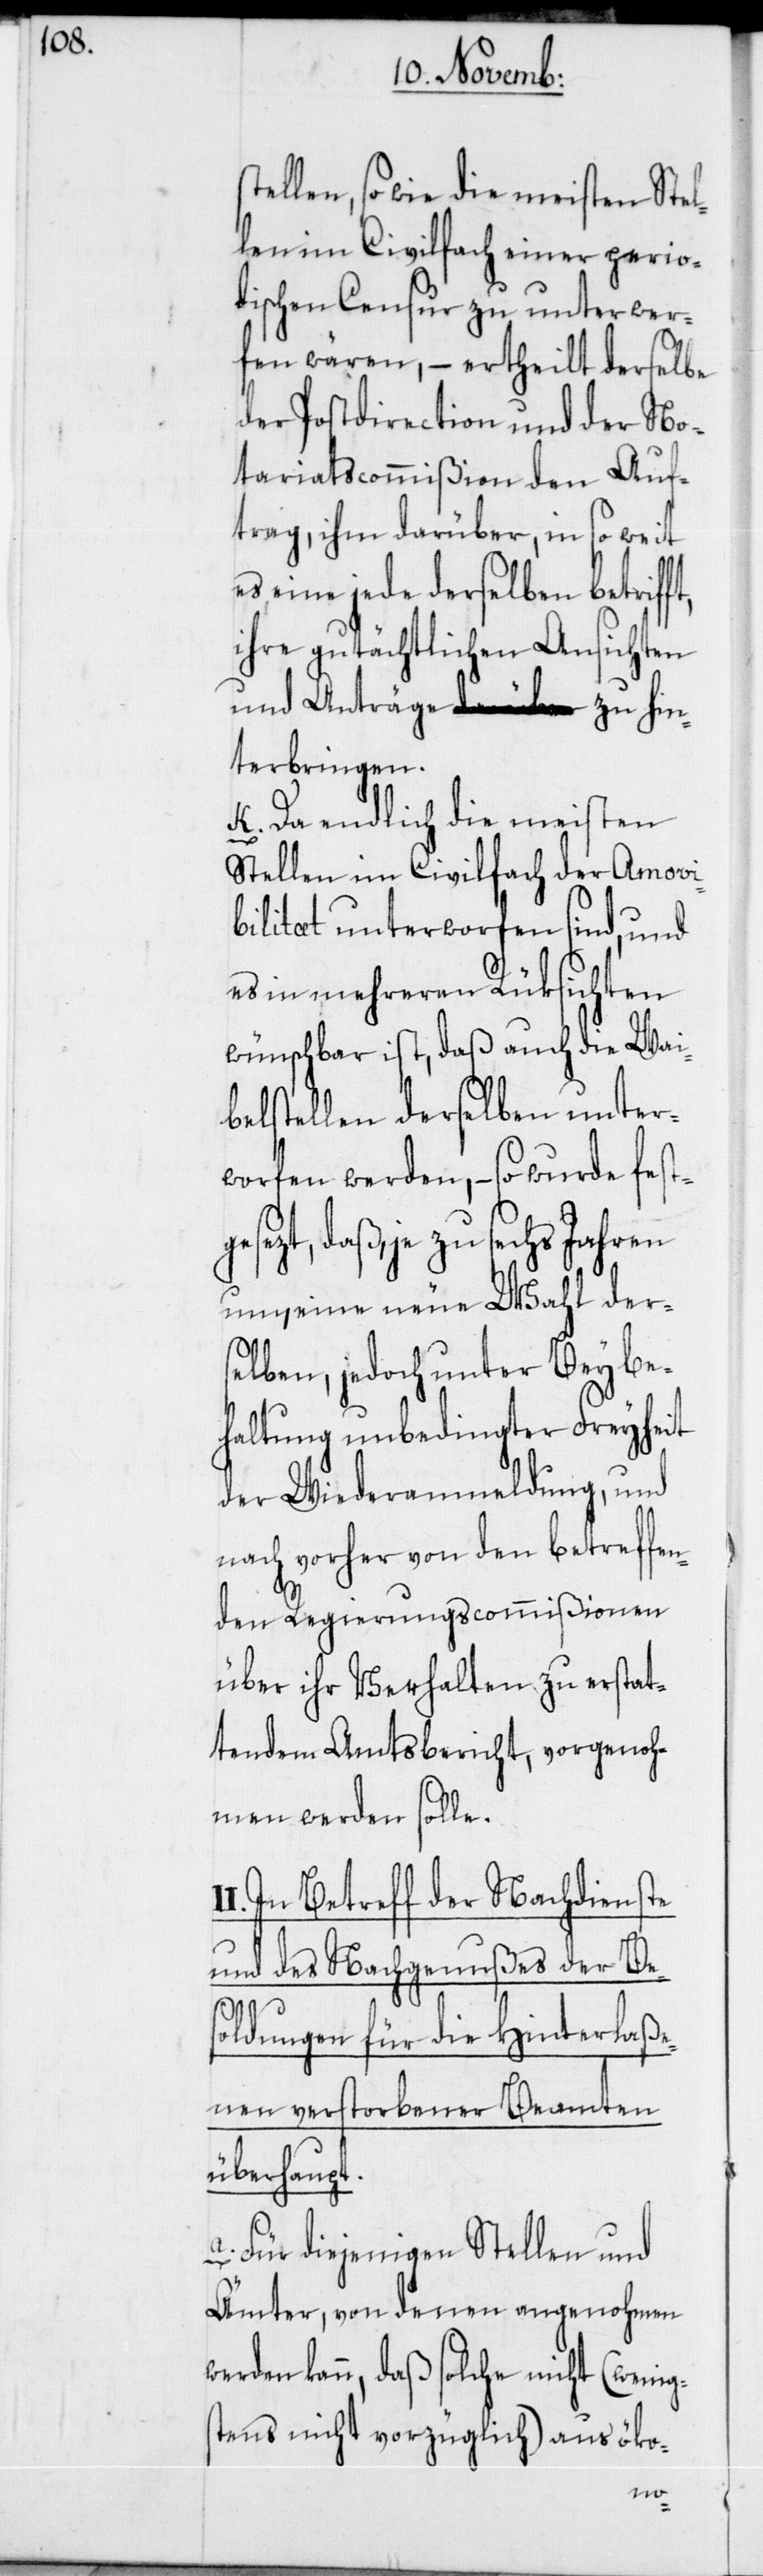
llen, so wie die meisten Stel¬
len im Civilfach einer perio¬
dischen Censur zu unterwer¬
fen wären, – ertheilt derselbe
der Postdirection und der No¬
tariatscommißion den Auf¬
trag, ihm darüber, in so weit
es eine jede derselben betriff¬
ihre gutächtlichen Ansichten
und Anträge zu hin¬
terbringen.
k. Da endlich die meisten
Stellen im Civilfach der Amovi¬
bilität unterworfen sind, und
es in mehreren Rüksichten
wünschbar ist, daß auch die Wai¬
belstellen derselben unter¬
worfen werden, – so wurde fes¬
esezt, daß, je zu sechs Jahren
um, eine neue Wahl ders¬
elben, jedoch unter Beybe¬
haltung unbedingter Freyheit
der Wiederanmeldung, und
nach vorher von den betreffen¬
den Regierungscommißionen
über ihr Verhalten zu erstat¬
tendem Amtsbericht, vorgenoh¬
men werden solle.
I. In Betreff der Nachdienste
und des Nachgenußes der Bes¬
oldungen für die Hinterlaße¬
nen verstorbener Beamte
überhaupt.
a. Für diejenigen Stellen und
Ämter, von denen angenohmen
werden kann, daß solche nicht (wenig¬
stens nicht vorzüglich) aus öko-
I¬